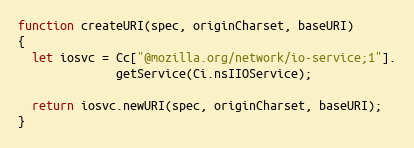
Language: JavaScript
function createURI(spec, originCharset, baseURI)
{
  let iosvc = Cc["@mozilla.org/network/io-service;1"].
              getService(Ci.nsIIOService);

  return iosvc.newURI(spec, originCharset, baseURI);
}